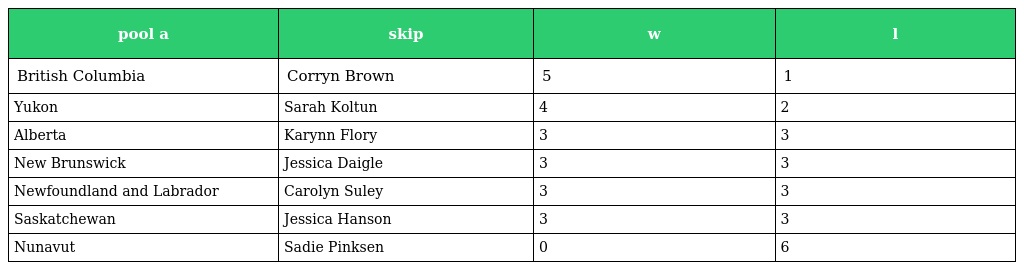
| pool a | skip | w | l |
 | --- | --- | --- | --- |
 | British Columbia | Corryn Brown | 5 | 1 |
 | Yukon | Sarah Koltun | 4 | 2 |
 | Alberta | Karynn Flory | 3 | 3 |
 | New Brunswick | Jessica Daigle | 3 | 3 |
 | Newfoundland and Labrador | Carolyn Suley | 3 | 3 |
 | Saskatchewan | Jessica Hanson | 3 | 3 |
 | Nunavut | Sadie Pinksen | 0 | 6 |